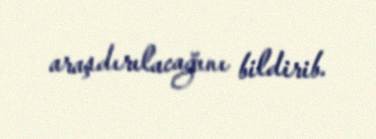
araşdırılacağını bildirib.